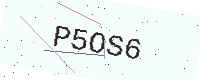
Text: P5OS6